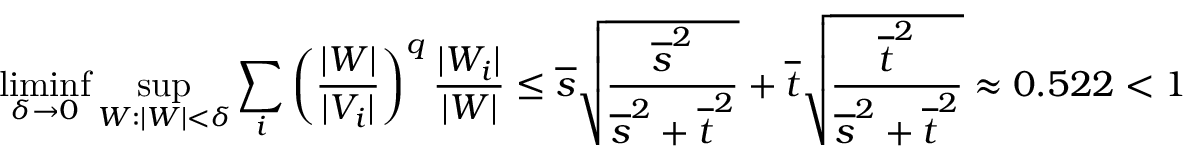
\operatorname* { l i m i n f } _ { \delta \to 0 } \operatorname* { s u p } _ { W : | W | < \delta } \sum _ { i } \left( \frac { | W | } { | V _ { i } | } \right) ^ { q } \frac { | W _ { i } | } { | W | } \leq \overline { { s } } \sqrt { \frac { \overline { { s } } ^ { 2 } } { \overline { { s } } ^ { 2 } + \overline { { t } } ^ { 2 } } } + \overline { { t } } \sqrt { \frac { \overline { { t } } ^ { 2 } } { \overline { { s } } ^ { 2 } + \overline { { t } } ^ { 2 } } } \approx 0 . 5 2 2 < 1